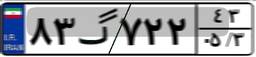
۸۳گ۷۲۲۴۳